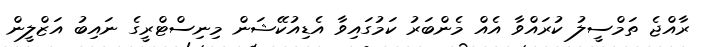
ރާއްޖެ ތަމްސީލު ކުރައްވާ އެއް މެންބަރު ކަމުގައިވާ އެޑިއުކޭޝަން މިނިސްޓްރީގެ ނައިބު އަޒްލީން